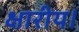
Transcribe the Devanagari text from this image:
क्षारीय।